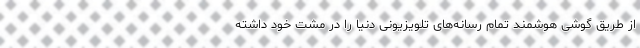
از طریق گوشی هوشمند تمام رسانه‌های تلویزیونی دنیا را در مشت خود داشته